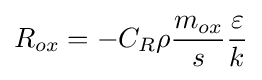
{R_{ox}=-C_{R}\rho {\frac {m_{ox}}{s}}{\frac {\varepsilon }{k}}}